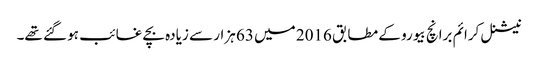
نیشنل کرائم برانچ بیورو کے مطابق 2016 میں 63 ہزار سے زیادہ بچے غائب ہو گئے تھے۔